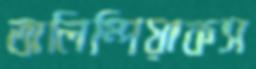
অলিম্পিয়াকস